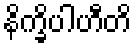
နိက္ခိပါဟီတိ